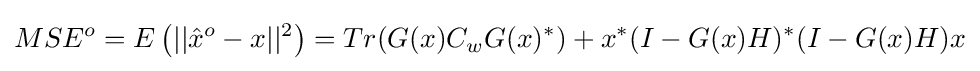
MSE^{o}=E\left(||{\hat {x}}^{o}-x||^{2}\right)=Tr(G(x)C_{w}G(x)^{*})+x^{*}(I-G(x)H)^{*}(I-G(x)H)x